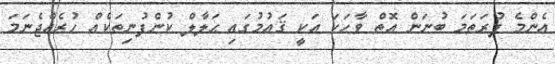
އެންމެ ފުރަތަމަ ބުނަން އޮތް ވާހަކަ އަކީ ޤައުމުގައި ޙަލާލް ކުންފުނިތަކެއް ހުރެއްޖެނަމަ